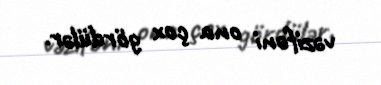
vəzifəni ona çox gördülər.